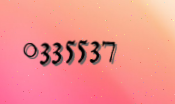
0335537